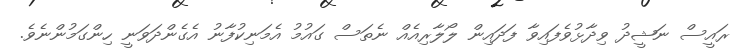
ރައީސް ނަޝީދު ވިދާޅުވެފައިވާ ފަދައިން ލޯލާރިއެއް ނެތަސް ގައުމު އެމަނިކުފާނު އެގެންދަވަނީ ހިންގަމުންނެވެ.